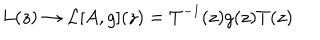
LaTeX: L ( z ) \rightarrow { \cal L } [ A , g ] ( z ) = T ^ { - 1 } ( z ) g ( z ) T ( z )